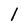
Character: l